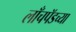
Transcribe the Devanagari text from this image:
लाँचपॅडच्या